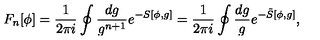
F _ { n } [ \phi ] = \frac { 1 } { 2 \pi i } \oint \frac { d g } { g ^ { n + 1 } } e ^ { - S [ \phi , g ] } = \frac { 1 } { 2 \pi i } \oint \frac { d g } { g } e ^ { - \tilde { S } [ \phi , g ] } ,